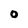
Character: O